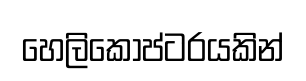
හෙලිකොප්ටරයකින්